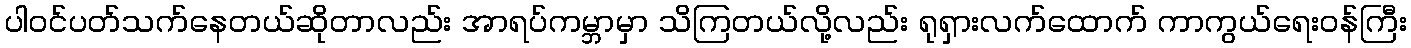
ပါဝင်ပတ်သက်နေတယ်ဆိုတာလည်း အာရပ်ကမ္ဘာမှာ သိကြတယ်လို့လည်း ရုရှားလက်ထောက် ကာကွယ်ရေးဝန်ကြီး